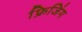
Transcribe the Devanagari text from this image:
फ्रिजिंग